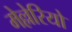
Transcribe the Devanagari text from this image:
मेल्लेरियो